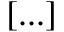
[ . . . ]